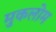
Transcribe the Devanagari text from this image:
मुकलोम